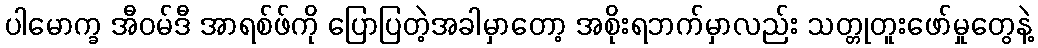
ပါမောက္ခ အီဝမ်ဒီ အာရစ်ဖ်ကို ပြောပြတဲ့အခါမှာတော့ အစိုးရဘက်မှာလည်း သတ္တုတူးဖော်မှုတွေနဲ့